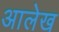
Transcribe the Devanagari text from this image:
अालेख